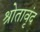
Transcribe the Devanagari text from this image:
श्रोतावृंद